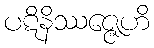
ပဋိနိဿဇ္ဇေဟိ